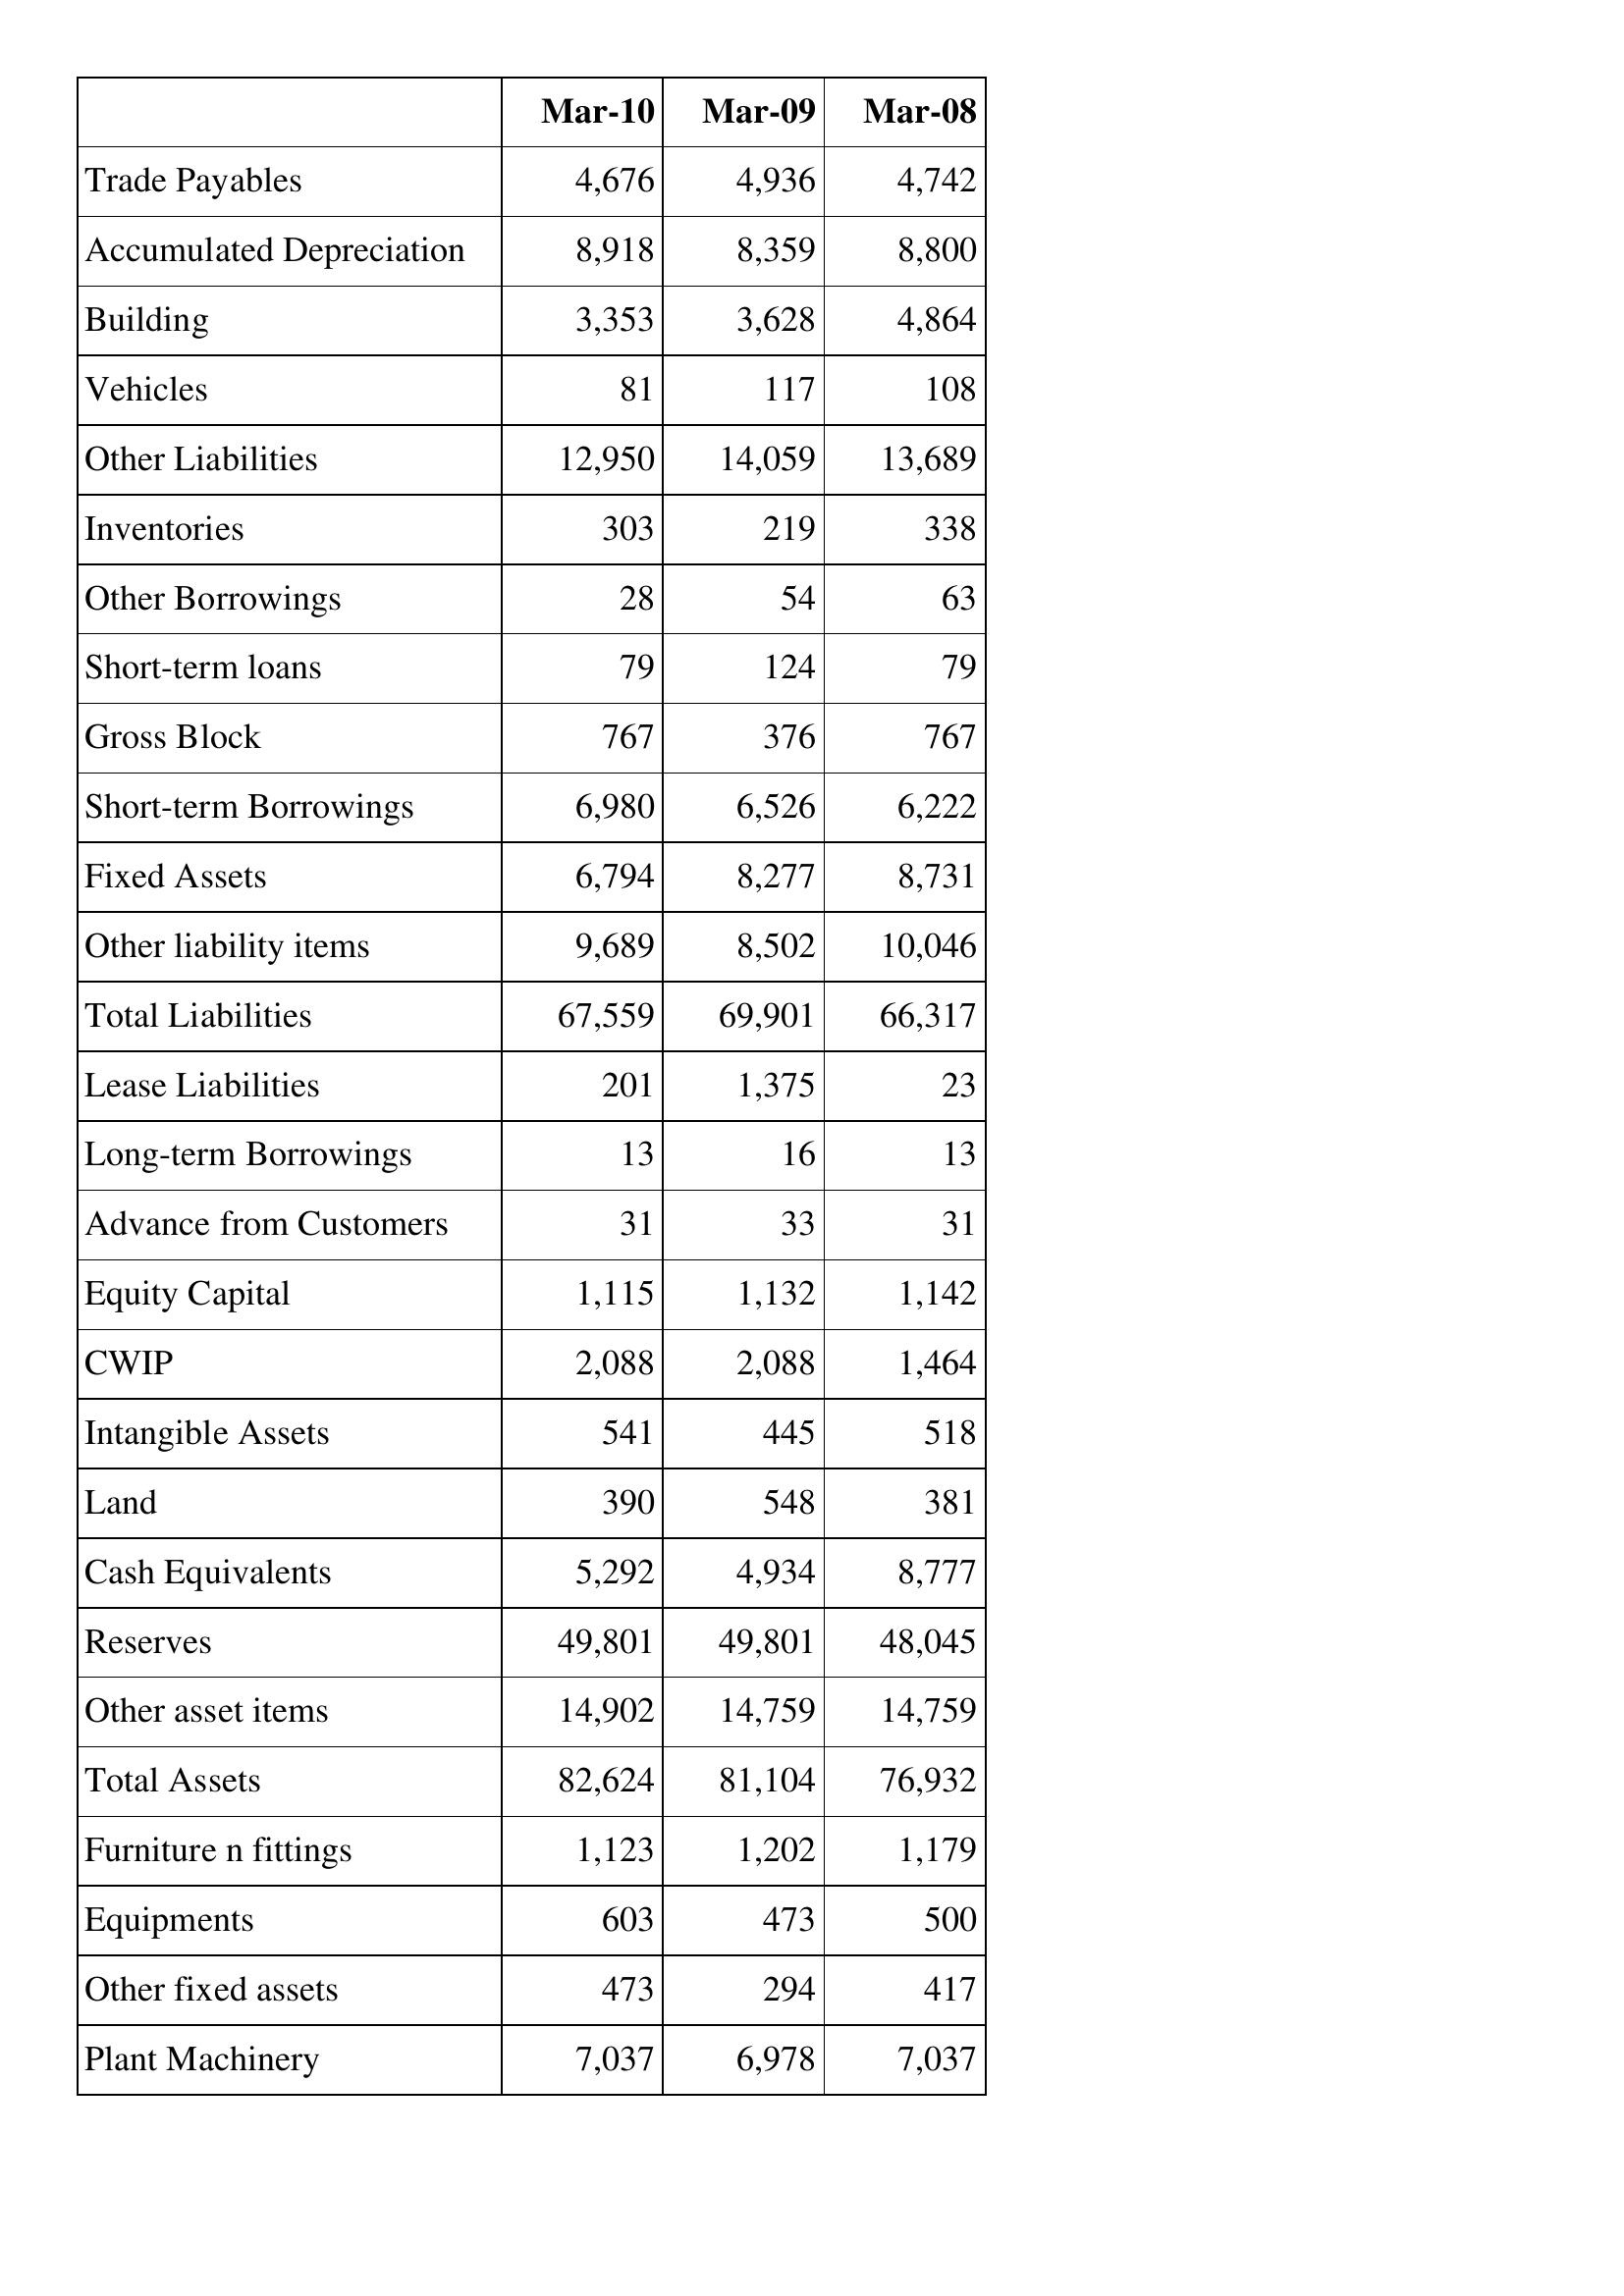
Mar-10: Balance Sheet: Trade Payables: 4,676
Accumulated Depreciation: 8,918
Building: 3,353
Vehicles: 81
Other Liabilities: 12,950
Inventories: 303
Other Borrowings: 28
Short-term loans: 79
Gross Block: 767
Short-term Borrowings: 6,980
Fixed Assets: 6,794
Other liability items: 9,689
Total Liabilities: 67,559
Lease Liabilities: 201
Long-term Borrowings: 13
Advance from Customers: 31
Equity Capital: 1,115
CWIP: 2,088
Intangible Assets: 541
Land: 390
Cash Equivalents: 5,292
Reserves: 49,801
Other asset items: 14,902
Total Assets: 82,624
Furniture n fittings: 1,123
Equipments: 603
Other fixed assets: 473
Plant Machinery: 7,037
Mar-09: Balance Sheet: Trade Payables: 4,936
Accumulated Depreciation: 8,359
Building: 3,628
Vehicles: 117
Other Liabilities: 14,059
Inventories: 219
Other Borrowings: 54
Short-term loans: 124
Gross Block: 376
Short-term Borrowings: 6,526
Fixed Assets: 8,277
Other liability items: 8,502
Total Liabilities: 69,901
Lease Liabilities: 1,375
Long-term Borrowings: 16
Advance from Customers: 33
Equity Capital: 1,132
CWIP: 2,088
Intangible Assets: 445
Land: 548
Cash Equivalents: 4,934
Reserves: 49,801
Other asset items: 14,759
Total Assets: 81,104
Furniture n fittings: 1,202
Equipments: 473
Other fixed assets: 294
Plant Machinery: 6,978
Mar-08: Balance Sheet: Trade Payables: 4,742
Accumulated Depreciation: 8,800
Building: 4,864
Vehicles: 108
Other Liabilities: 13,689
Inventories: 338
Other Borrowings: 63
Short-term loans: 79
Gross Block: 767
Short-term Borrowings: 6,222
Fixed Assets: 8,731
Other liability items: 10,046
Total Liabilities: 66,317
Lease Liabilities: 23
Long-term Borrowings: 13
Advance from Customers: 31
Equity Capital: 1,142
CWIP: 1,464
Intangible Assets: 518
Land: 381
Cash Equivalents: 8,777
Reserves: 48,045
Other asset items: 14,759
Total Assets: 76,932
Furniture n fittings: 1,179
Equipments: 500
Other fixed assets: 417
Plant Machinery: 7,037